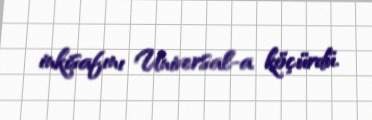
inkişafını Universal-a köçürdü.